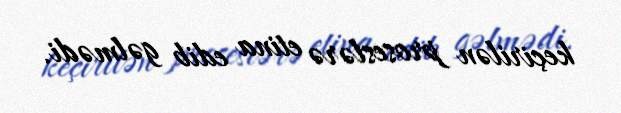
keçirilən proseslərə etina edib gəlmədi.